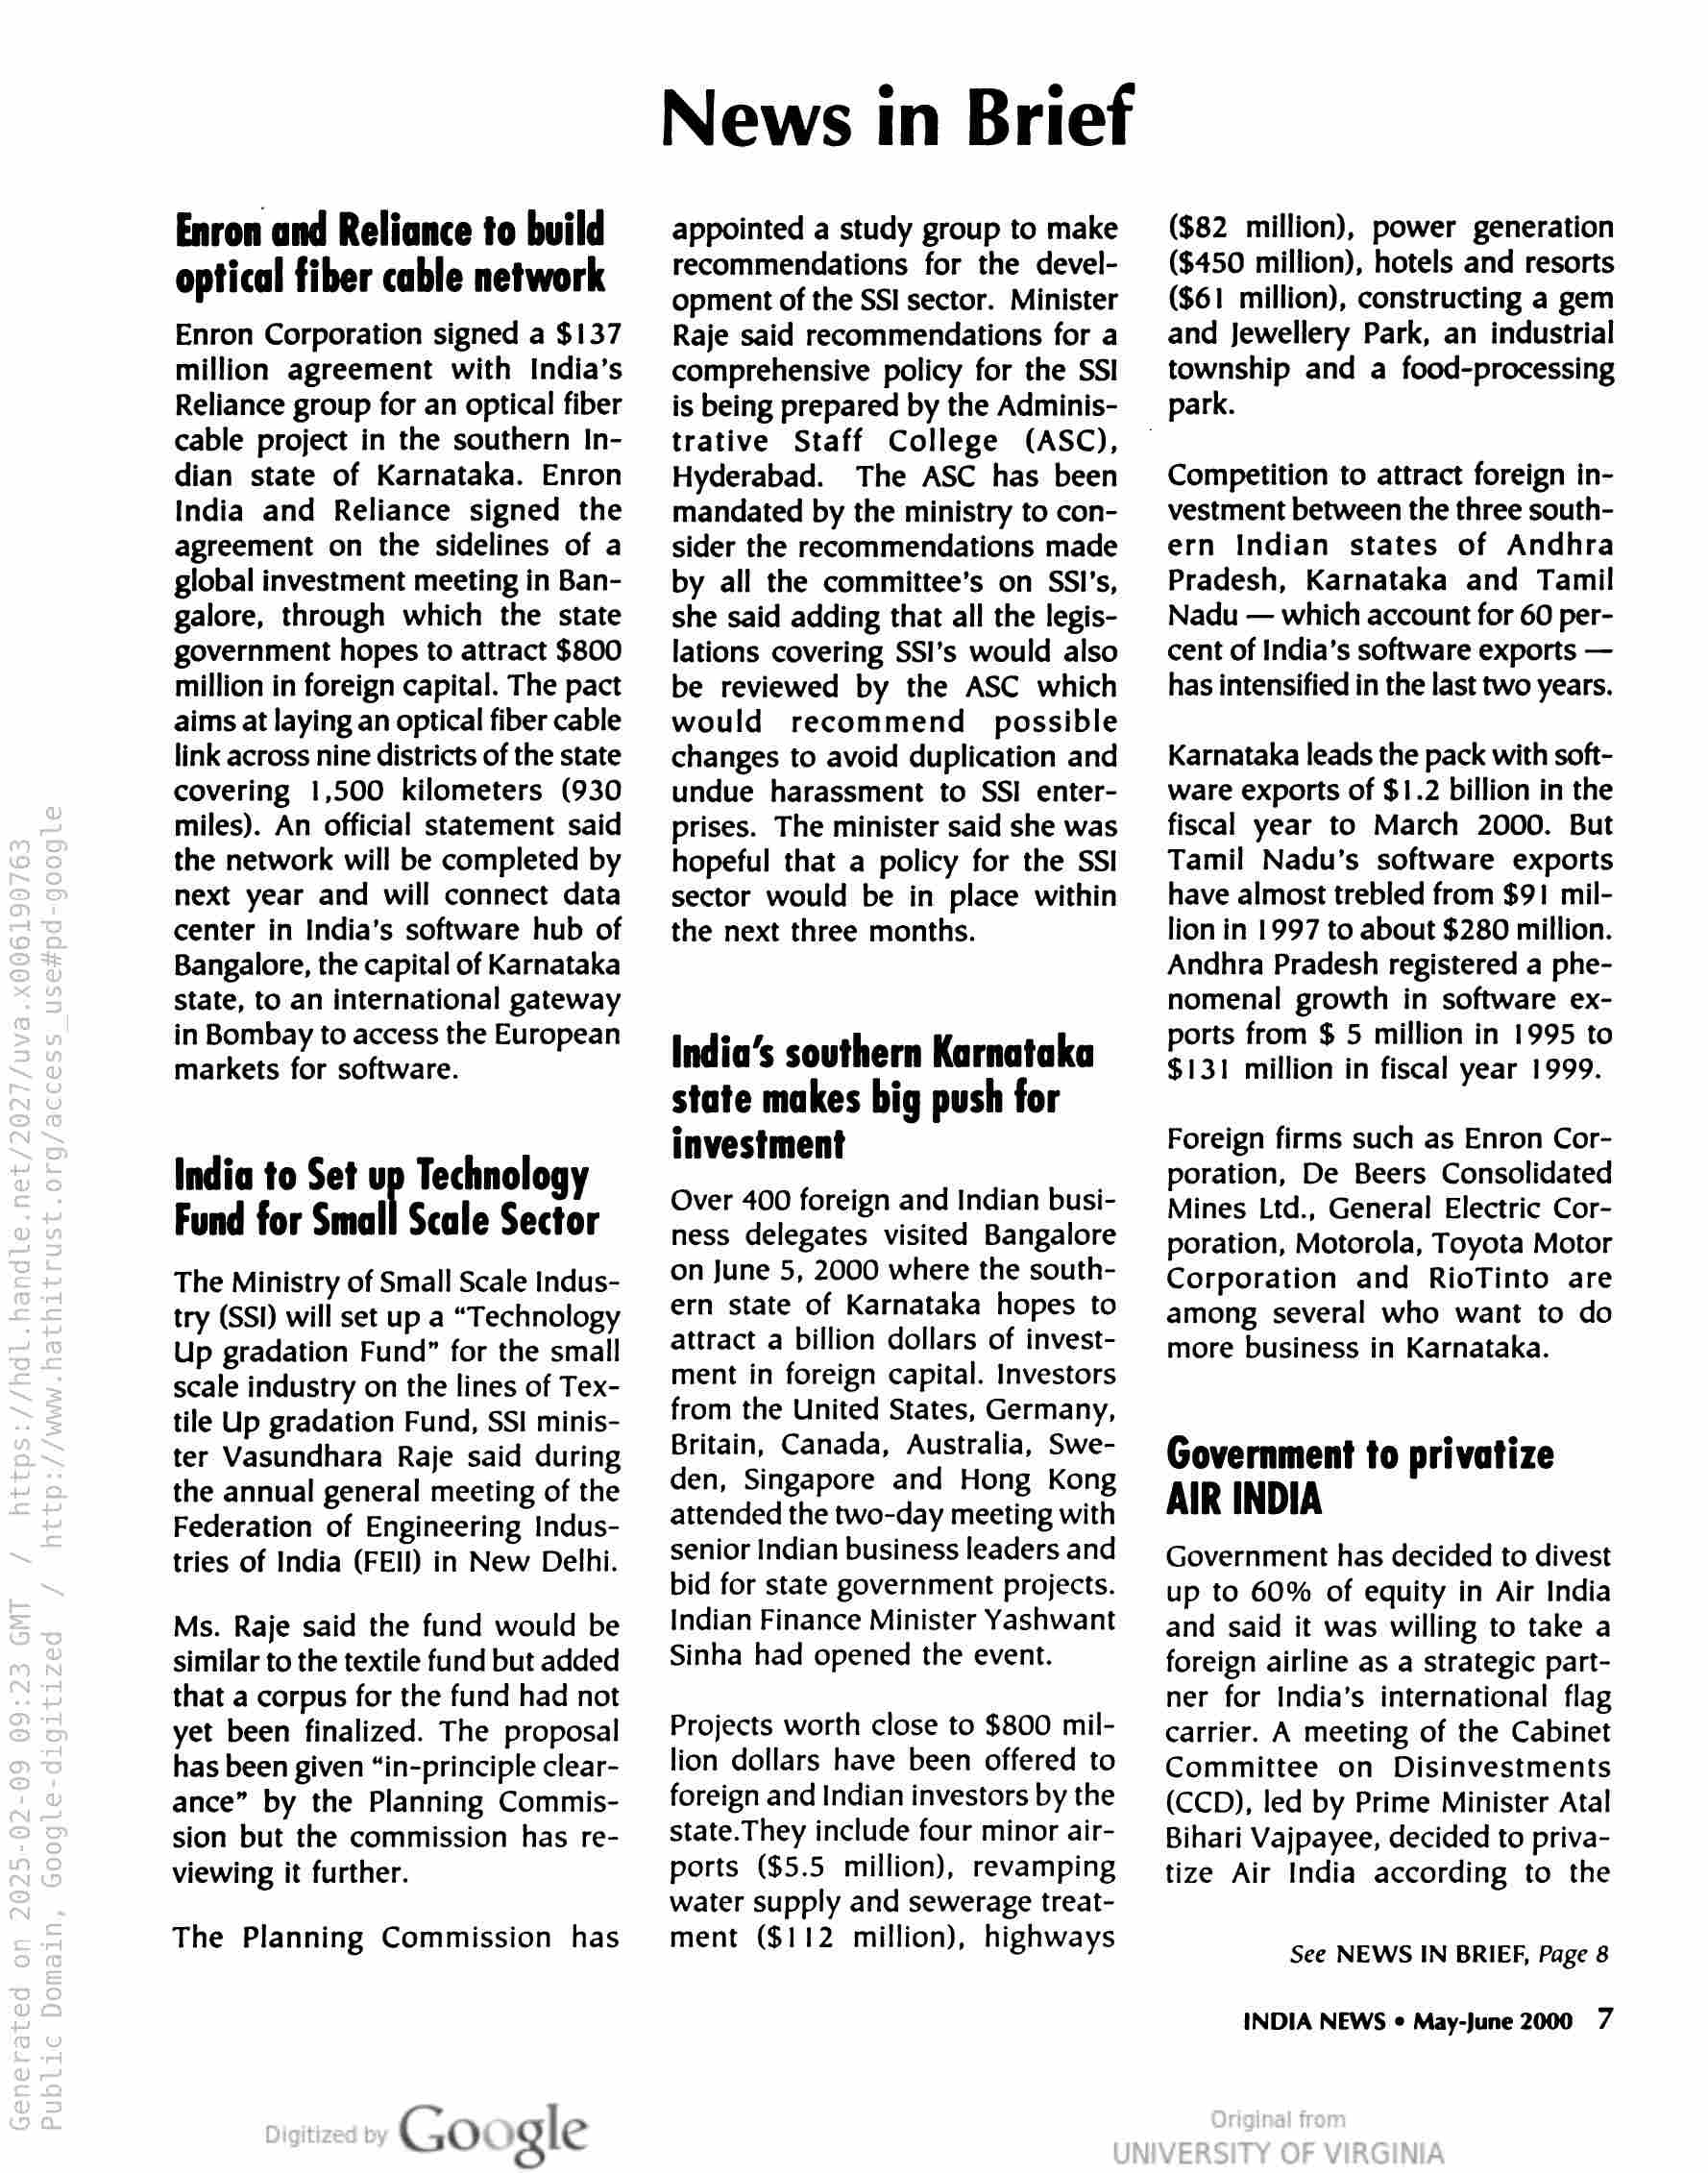
Enron and Reliance to build
optical fiber cable network

Enron Corporation signed a $137
million agreement with India’s
Reliance group for an optical fiber
cable project in the southern In-
dian state of Karnataka. Enron
India and Reliance signed the
agreement on the sidelines of a
global investment meeting in Ban-
galore, through which the state
government hopes to attract $800
million in foreign capital. The pact
aims at laying an optical fiber cable
link across nine districts of the state
covering 1,500 kilometers (930
miles). An official statement said
the network will be completed by
next year and will connect data
center in India’s software hub of
Bangalore, the capital of Karnataka
state, to an international gateway
in Bombay to access the European
markets for software.

India to Set up Technology
Fund for Small Scale Sector

The Ministry of Small Scale Indus-
try (SSI) will set up a “Technology
Up gradation Fund” for the small
scale industry on the lines of Tex-
tile Up gradation Fund, SSI minis-
ter Vasundhara Raje said during
the annual general meeting of the
Federation of Engineering Indus-
tries of India (FEI) in New Delhi.

Ms. Raje said the fund would be
similar to the textile fund but added
that a corpus for the fund had not
yet been finalized. The proposal
has been given “in-principle clear-
ance” by the Planning Commis-
sion but the commission has re-
viewing it further.

The Planning Commission has

Google

News in Brief

appointed a study group to make
recommendations for the devel-
opment of the SSI sector. Minister
Raje said recommendations for a
comprehensive policy for the SSI
is being prepared by the Adminis-
trative Staff College (ASC),
Hyderabad. The ASC has been
mandated by the ministry to con-
sider the recommendations made
by all the committee’s on SSI's,
she said adding that all the legis-
lations covering SSI's would also
be reviewed by the ASC which
would recommend possible
changes to avoid duplication and
undue harassment to SSI enter-
prises. The minister said she was
hopeful that a policy for the SSI
sector would be in place within
the next three months.

India’s southern Karnataka
state makes big push for
investment

Over 400 foreign and Indian busi-
ness delegates visited Bangalore
on June 5, 2000 where the south-
ern state of Karnataka hopes to
attract a billion dollars of invest-
ment in foreign capital. Investors
from the United States, Germany,
Britain, Canada, Australia, Swe-
den, Singapore and Hong Kong
attended the two-day meeting with
senior Indian business leaders and
bid for state government projects.
Indian Finance Minister Yashwant
Sinha had opened the event.

Projects worth close to $800 mil-
lion dollars have been offered to
foreign and Indian investors by the
state. They include four minor air-
ports ($5.5 million), revamping
water supply and sewerage treat-
ment ($112 million), highways

($82 million), power generation
($450 million), hotels and resorts
($61 million), constructing a gem
and Jewellery Park, an industrial
township and a food-processing
park.

Competition to attract foreign in-
vestment between the three south-
ern Indian states of Andhra
Pradesh, Karnataka and Tamil
Nadu — which account for 60 per-
cent of India’s software exports —
has intensified in the last two years.

Karnataka leads the pack with soft-
ware exports of $1.2 billion in the
fiscal year to March 2000. But
Tamil Nadu’s software exports
have almost trebled from $91 mil-
lion in 1997 to about $280 million.
Andhra Pradesh registered a phe-
nomenal growth in software ex-
ports from $ 5 million in 1995 to
$131 million in fiscal year 1999.

Foreign firms such as Enron Cor-
poration, De Beers Consolidated
Mines Ltd., General Electric Cor-
poration, Motorola, Toyota Motor
Corporation and RioTinto are
among several who want to do
more business in Karnataka.

Government to privatize
AIR INDIA

Government has decided to divest
up to 60% of equity in Air India
and said it was willing to take a
foreign airline as a strategic part-
ner for India’s international flag
carrier. A meeting of the Cabinet
Committee on Disinvestments
(CCD), led by Prime Minister Atal
Bihari Vajpayee, decided to priva-
tize Air India according to the

See NEWS IN BRIEF, Page 8

INDIA NEWS ¢ May-June 2000 7